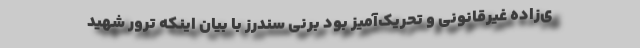
ی‌زاده غیرقانونی و تحریک‌آمیز بود برنی سندرز با بیان اینکه ترور شهید